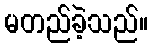
မတည်ခဲ့သည်။